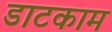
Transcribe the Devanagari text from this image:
डाटकाम